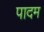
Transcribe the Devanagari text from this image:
पादम